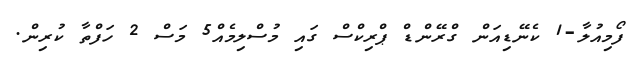
ފޯމިއުލާ-1 ކެނޭޑިއަން ގްރޭންޑް ޕްރިކްސް ގައި މުސްލިމެއް5 މަސް 2 ހަފްތާ ކުރިން.